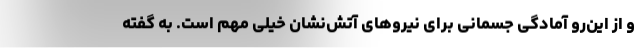
و از این‌رو آمادگی جسمانی برای نیروهای آتش‌نشان خیلی مهم است. به گفته